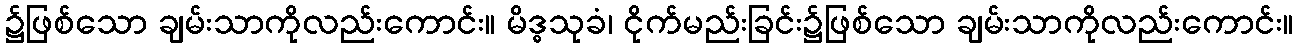
၌ဖြစ်သော ချမ်းသာကိုလည်းကောင်း။ မိဒ္ဓသုခံ၊ ငိုက်မည်းခြင်း၌ဖြစ်သော ချမ်းသာကိုလည်းကောင်း။